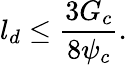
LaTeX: l_{d}\le\frac{3G_{c}}{8\psi_{c}}.